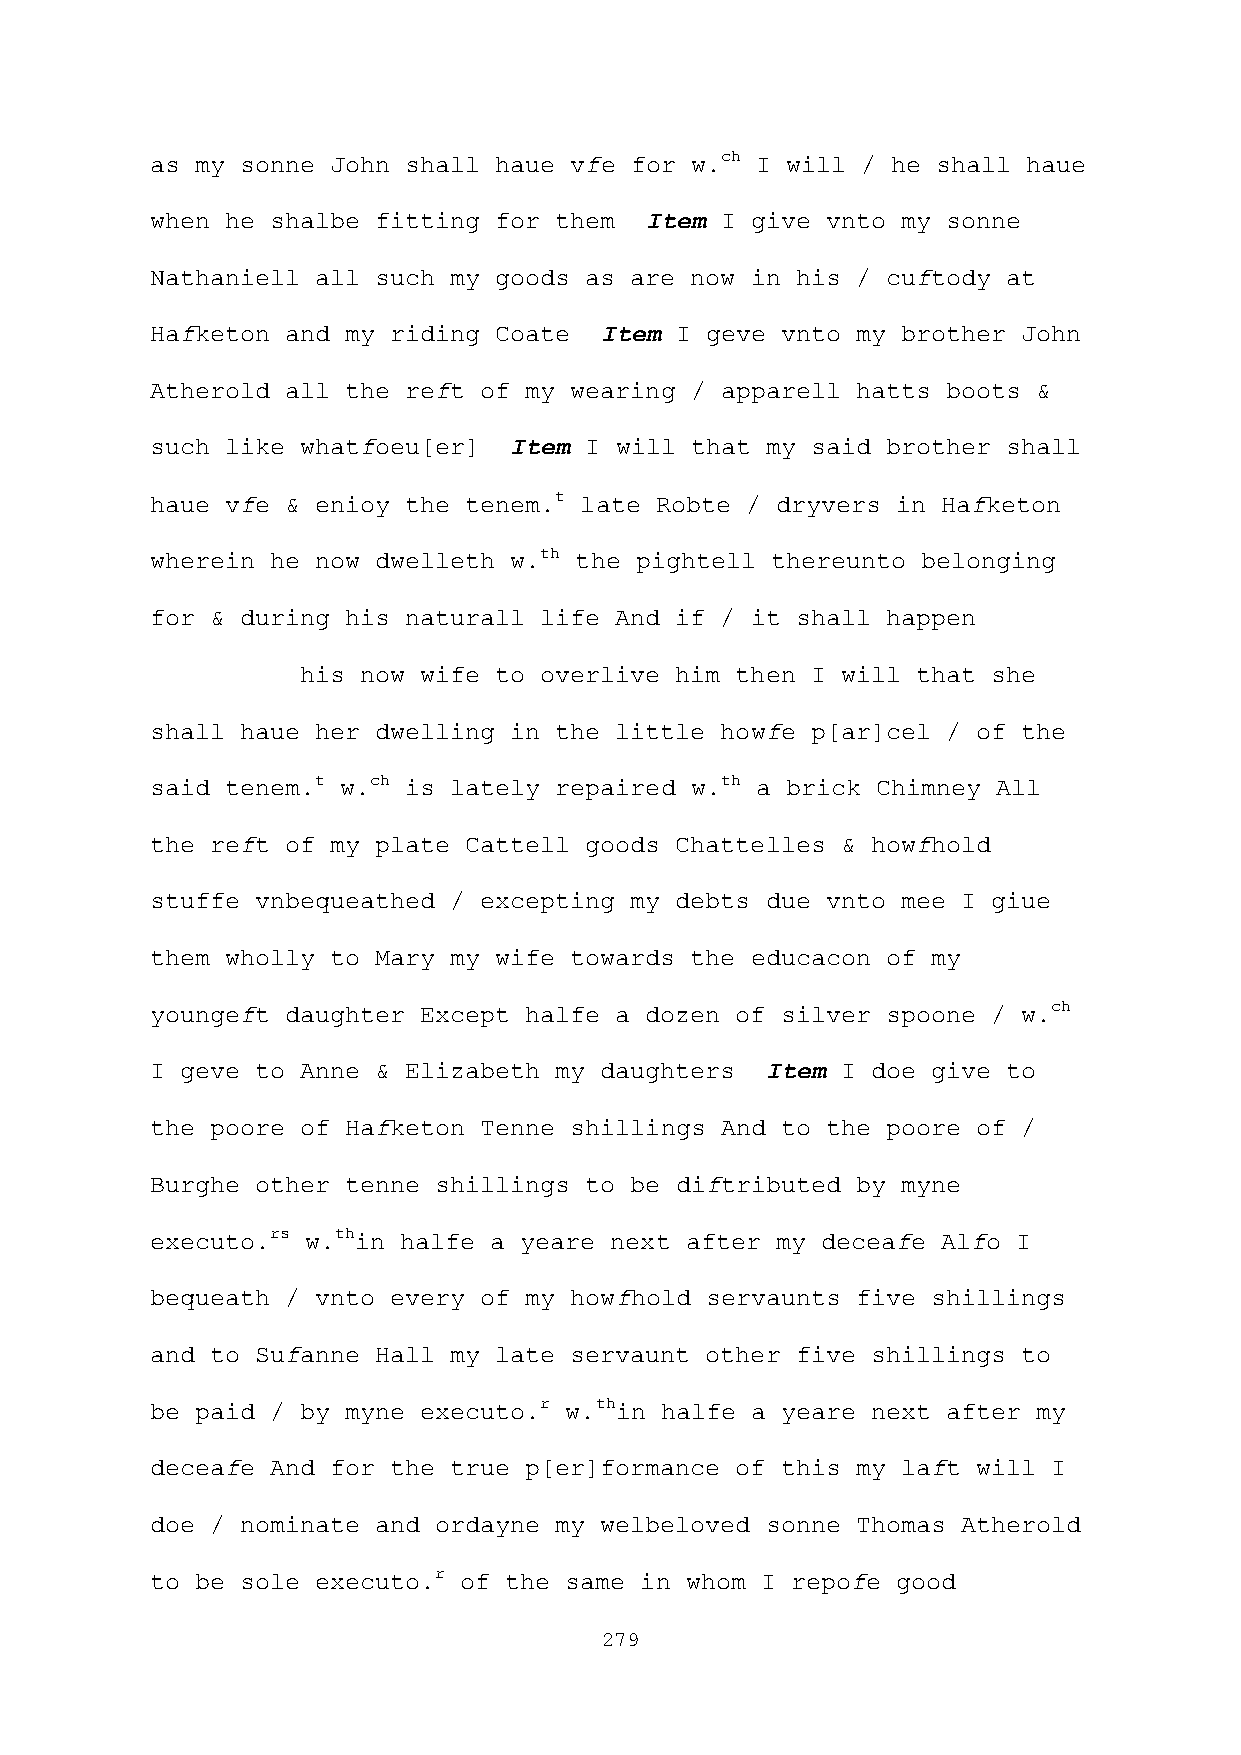
as my sonne John shall haue vfe for w.ch I will / he shall haue
 when he shalbe fitting for them  Item I give vnto my sonne
 Nathaniell all such my goods as are now in his / cuftody at
 Hafketon and my riding Coate  Item I geve vnto my brother John
 Atherold all the reft of my wearing / apparell hatts boots &
 such like whatfoeu[er]  Item I will that my said brother shall
 haue vfe & enioy the tenem.t late Robte / dryvers in Hafketon
 wherein he now dwelleth w.th the pightell thereunto belonging
 for & during his naturall life And if / it shall happen
 his now wife to overlive him then I will that she
 shall haue her dwelling in the little howfe p[ar]cel / of the
 said tenem.t w.ch is lately repaired w.th a brick Chimney All
 the reft of my plate Cattell goods Chattelles & howfhold
 stuffe vnbequeathed / excepting my debts due vnto mee I giue
 them wholly to Mary my wife towards the educacon of my
 youngeft daughter Except halfe a dozen of silver spoone / w.ch
 I geve to Anne & Elizabeth my daughters  Item I doe give to
 the poore of Hafketon Tenne shillings And to the poore of /
 Burghe other tenne shillings to be diftributed by myne
 executo.rs w.thin halfe a yeare next after my deceafe Alfo I
 bequeath / vnto every of my howfhold servaunts five shillings
 and to Sufanne Hall my late servaunt other five shillings to
 be paid / by myne executo.r w.thin halfe a yeare next after my
 deceafe And for the true p[er]formance of this my laft will I
 doe / nominate and ordayne my welbeloved sonne Thomas Atherold
 to be sole executo.r of the same in whom I repofe good
 279